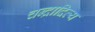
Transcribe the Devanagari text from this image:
चन्द्रादित्य